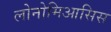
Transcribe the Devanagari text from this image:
लोनोमिआसिस